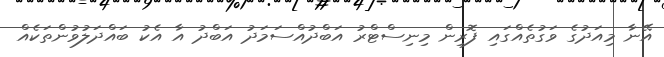
އޭނާ މިއަދުގެ ވަގުތެއްގައި ފޮރިން މިނިސްޓްރު އަބްދުއްސަމަދު އަބްދު އާ އެކު ބައްދަލުވުންތަކެއް